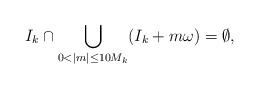
\begin{align*}I_k \cap \bigcup \limits_{0 < |m| \leq 10M_k} (I_k + m\omega) = \emptyset,\end{align*}